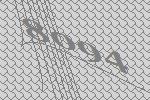
8094